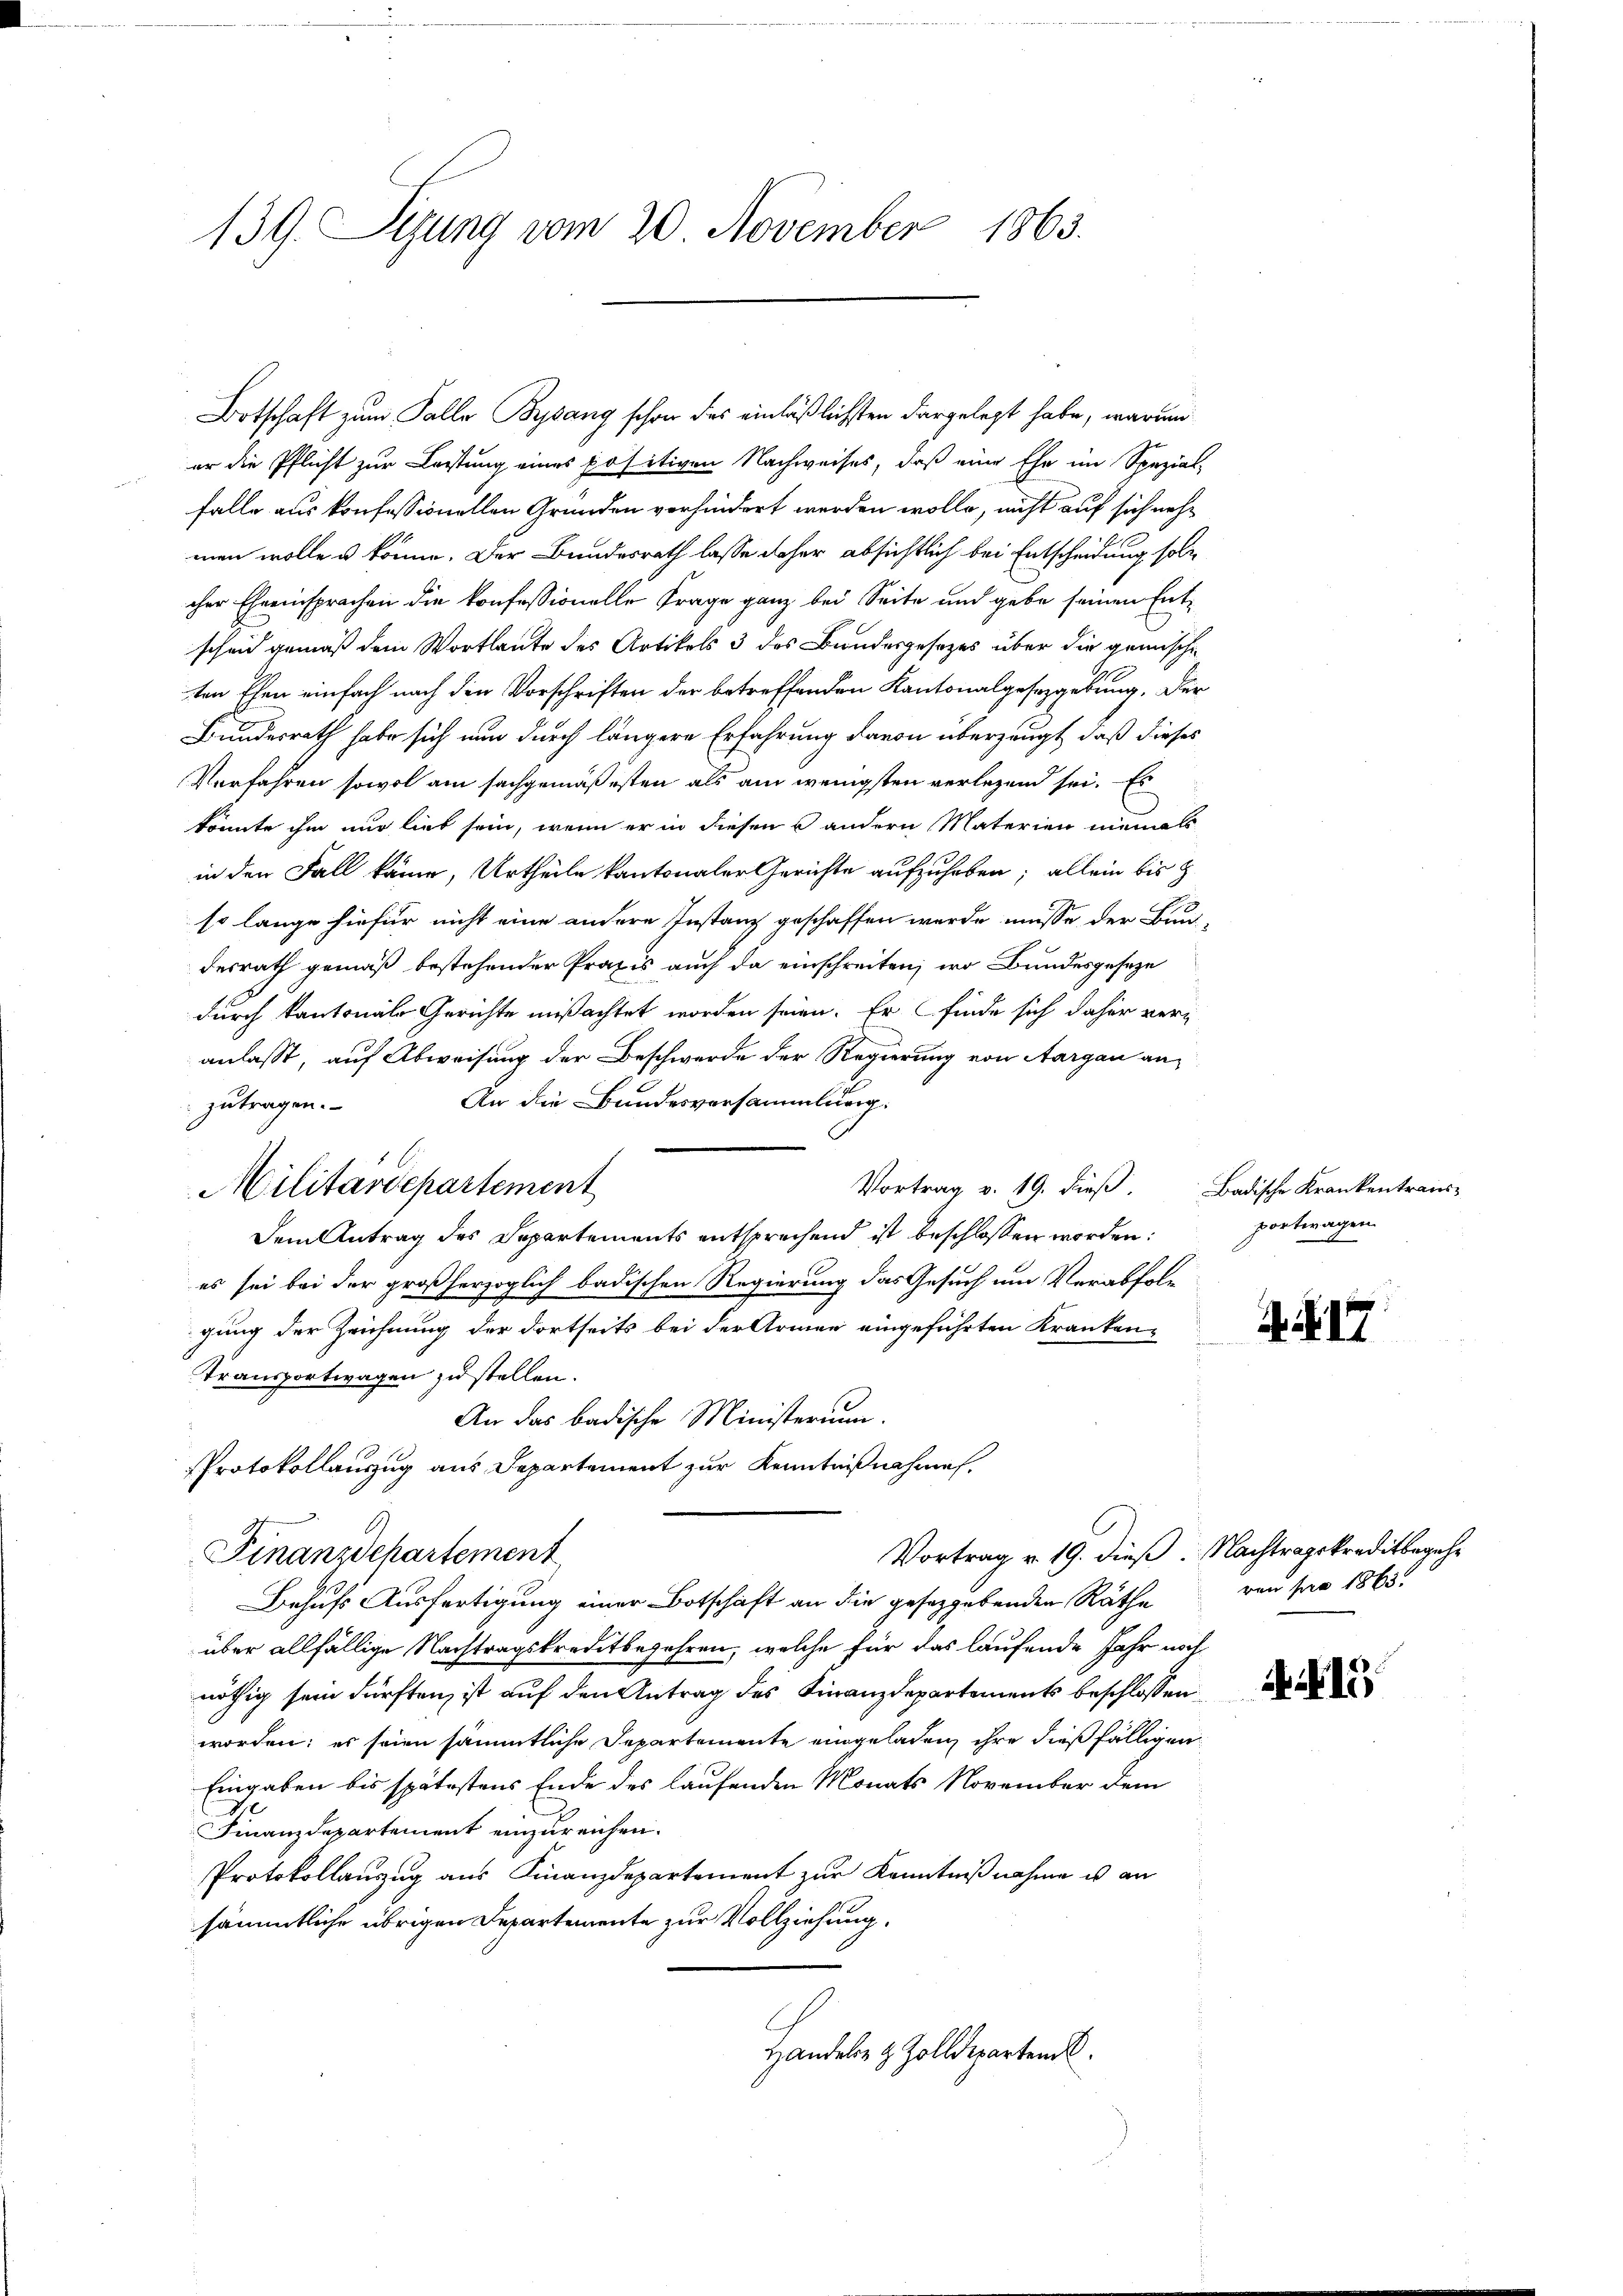
139. Sezung vom 20. November 1863.

er die Pflicht zur Lastung eines positiven Nachweises, daß eine Ehe im Spezial¬
¬
falle aus konfessionellen Gründen verhindert werden wolle, nicht auf sich nehmen wolle u könne. Der Bundesrath lasse daher absichtlich bei Entscheidung solcher Eheeinsprachen die konfessionelle Frage ganz bei Seite und gebe seinen Entscheid gemäß dem Wortlaute des Artikels 3 des Bundesgesezes über die gemische
ten Ehen einfach nach den Vorschriften der betreffenden Kantonalgesetzgebung, der
Bundesrath habe sich nun durch längere Erfahrung davon überzeugt, daß dieses
Verfahren sowol am sachgemäßesten als am wenigsten verlegend sei. Es
könnte ihm nur lieb sein, wenn er in diesen andern Materien niemals
in den Fall kame, Urtheile kantonaler Gerichte aufzuheben; allein bis z
so lange hiefür nicht eine andere Instanz geschaffen werde müsse der Bau-
desrath gemäß bestehender Praxis auch da einschreiten, wo Bundesgeseze
durch kantonale Gerichte mißachtet worden seien. Er finde sich daher veranlasst, auf Abweisung der Beschwerde der Regierung von Aargau an¬
An die Bundesversammlung.
zutragen.
Dem Antrag des Departements entsprechend ist beschlossen worden:
es sei bei der großherzoglich badischen Regierung das Gesuch um Verabfolgung der Zeichnung der dortseits bei der Armen eingeführten Kranken¬
Transportwagen zu stellen.
An das badische Ministerium.
Protokollauszug aus Departement zur Kenntnißnahmen.
Vortrag v. 19. dieß. Nachtragskreditbegehr
Finanzdepartement
Behufs Ausfertigung einer Botschaft an die geseggebenden Räthe
über allfällige Nachtragskreditbegehren, welche für das laufende Jahr noch
nöthig sein dürften, ist auf den Antrag des Finanzdepartements beschlossen
worden; es seien sämmtliche Departemente eingeladen, ihre dießfälligen
Eingaben bis spätestens Ende des laufenden Monats November dem
Finanzdepartement einzureichen.
Protokollauszug aus Finanzdepartement zur Kenntnißnahme es an
sämmtliche übrigen Departemente zur Vollziehung.
Handeln & Zolldeparten.

Militärdepartement

Botschaft zum Falle Begang schon des einläßlichsten dargelegt habe, warum

Vortrag v. 19. dieß. Badische Krankentraus-
portwagen.

A. S. 17

ven pro 1863.

. 1